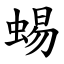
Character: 蜴